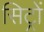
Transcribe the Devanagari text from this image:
सिट्रों